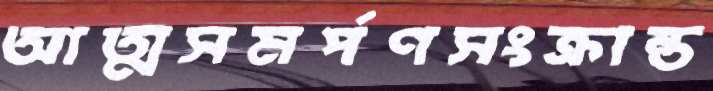
আত্মসমর্পণসংক্রান্ত